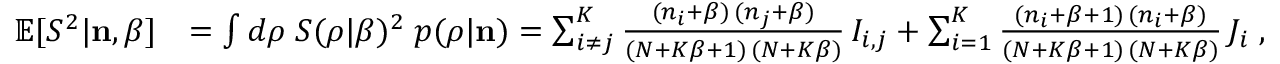
\begin{array} { r l } { \mathbb { E } [ S ^ { 2 } | { \bf n } , \beta ] } & { = \int d \boldsymbol { \rho } \; S ( \boldsymbol { \rho } | \beta ) ^ { 2 } \; p ( \boldsymbol { \rho } | { \bf n } ) = \sum _ { i \neq j } ^ { K } \frac { ( n _ { i } + \beta ) \, ( n _ { j } + \beta ) } { ( N + K \beta + 1 ) \, ( N + K \beta ) } \, I _ { i , j } + \sum _ { i = 1 } ^ { K } \frac { ( n _ { i } + \beta + 1 ) \, ( n _ { i } + \beta ) } { ( N + K \beta + 1 ) \, ( N + K \beta ) } \, J _ { i } \; , } \end{array}